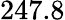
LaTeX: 247.8